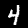
Label: 4